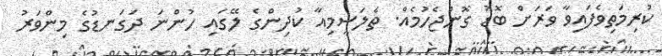
ކުރިމަތިވެފައިވާ ވަރަށް ބޮޑު ގޮންޖެހުމެއް. ތެލަސީމިއާ ކުދިންގެ ލޭގައި ހުންނަ ދަގަނޑުގެ މިންވަރު